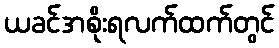
ယခင်အစိုးရလက်ထက်တွင်